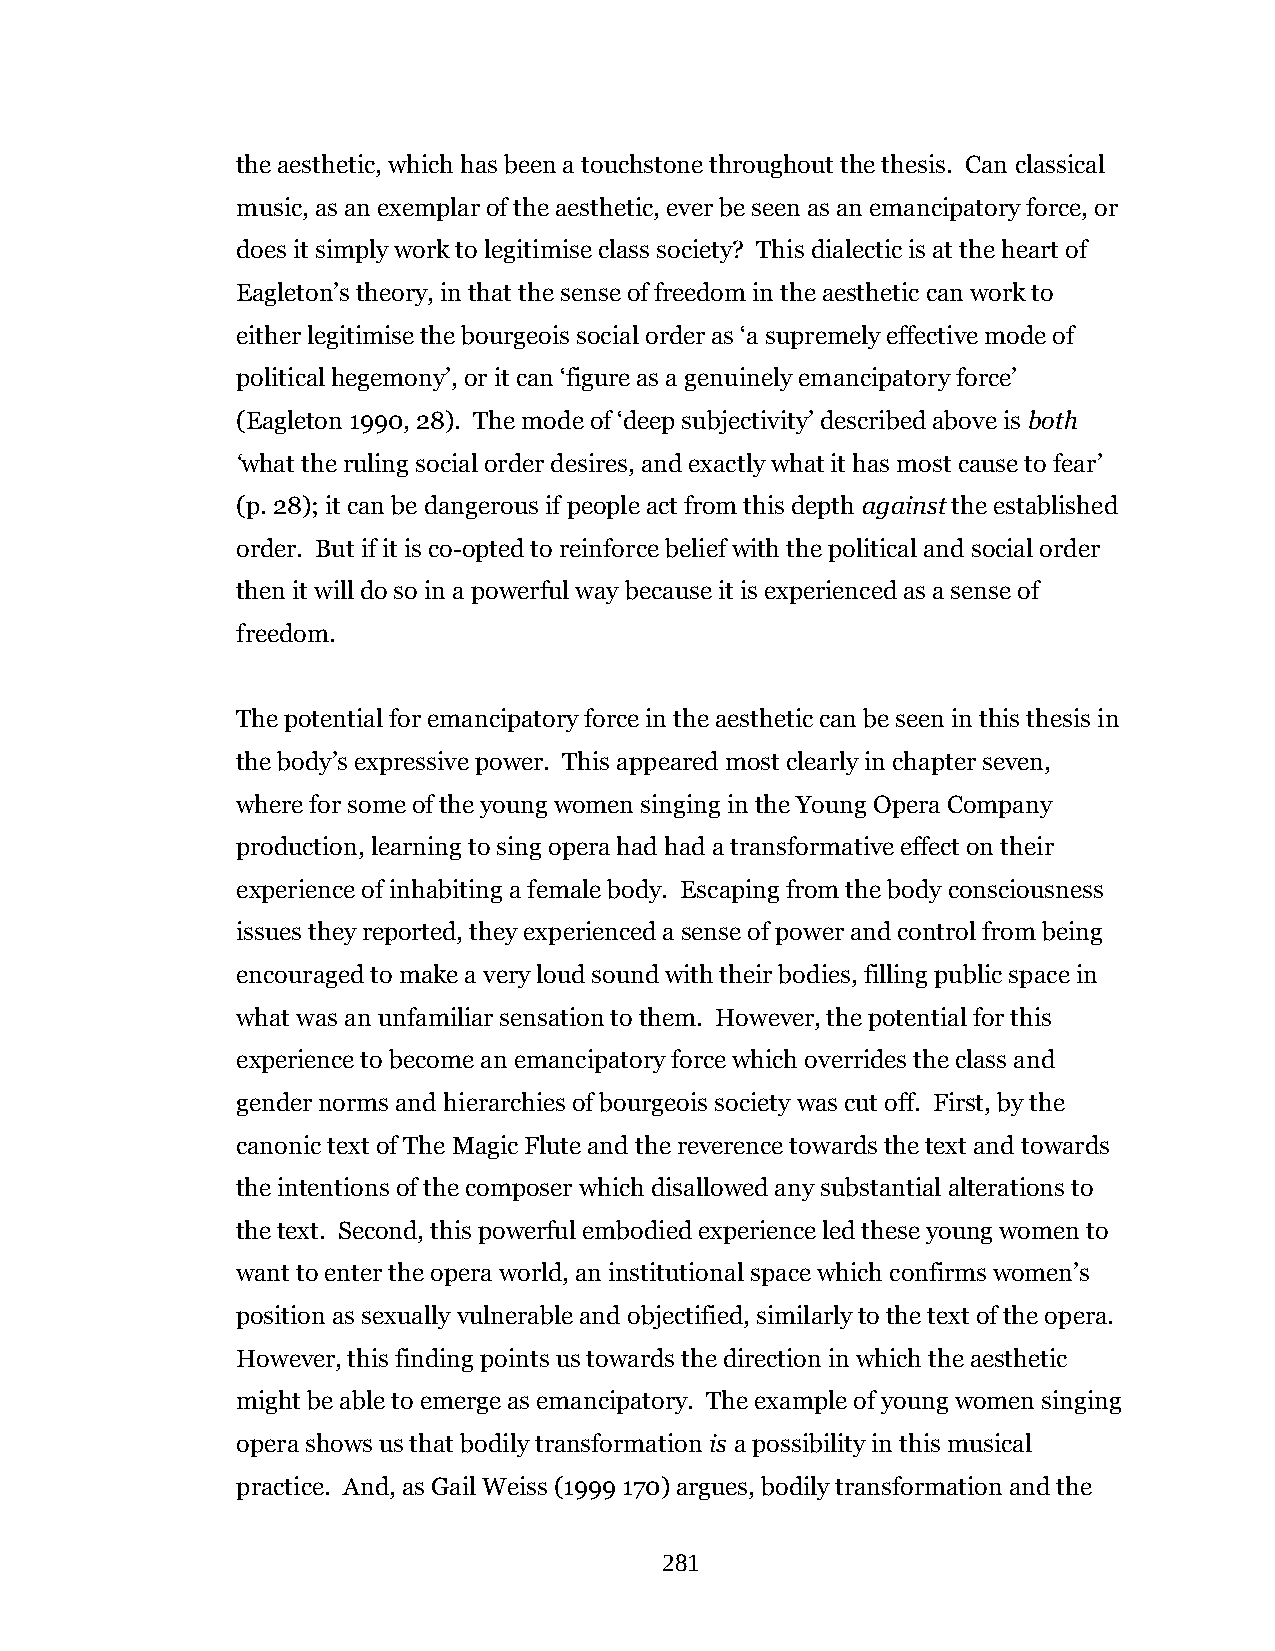
the aesthetic, which has been a touchstone throughout the thesis. Can classical
 music, as an exemplar of the aesthetic, ever be seen as an emancipatory force, or
 does it simply work to legitimise class society? This dialectic is at the heart of
 Eagleton’s theory, in that the sense of freedom in the aesthetic can work to
 either legitimise the bourgeois social order as ‘a supremely effective mode of
 political hegemony’, or it can ‘figure as a genuinely emancipatory force’
 (Eagleton 1990, 28). The mode of ‘deep subjectivity’ described above is both
 ‘what the ruling social order desires, and exactly what it has most cause to fear’
 (p. 28); it can be dangerous if people act from this depth against the established
 order. But if it is co-opted to reinforce belief with the political and social order
 then it will do so in a powerful way because it is experienced as a sense of
 freedom.
 The potential for emancipatory force in the aesthetic can be seen in this thesis in
 the body’s expressive power. This appeared most clearly in chapter seven,
 where for some of the young women singing in the Young Opera Company
 production, learning to sing opera had had a transformative effect on their
 experience of inhabiting a female body. Escaping from the body consciousness
 issues they reported, they experienced a sense of power and control from being
 encouraged to make a very loud sound with their bodies, filling public space in
 what was an unfamiliar sensation to them. However, the potential for this
 experience to become an emancipatory force which overrides the class and
 gender norms and hierarchies of bourgeois society was cut off. First, by the
 canonic text of The Magic Flute and the reverence towards the text and towards
 the intentions of the composer which disallowed any substantial alterations to
 the text. Second, this powerful embodied experience led these young women to
 want to enter the opera world, an institutional space which confirms women’s
 position as sexually vulnerable and objectified, similarly to the text of the opera.
 However, this finding points us towards the direction in which the aesthetic
 might be able to emerge as emancipatory. The example of young women singing
 opera shows us that bodily transformation is a possibility in this musical
 practice. And, as Gail Weiss (1999 170) argues, bodily transformation and the
 281